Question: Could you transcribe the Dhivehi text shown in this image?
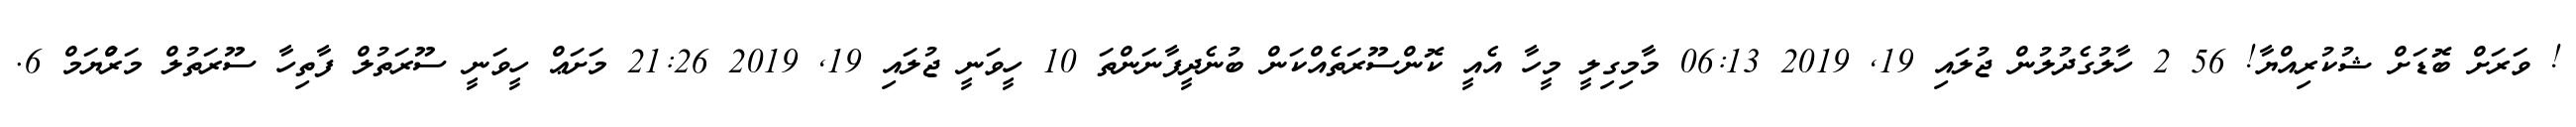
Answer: ! ވަރަށް ބޮޑަށް ޝުކުރިއްޔާ! 56 2 ހާލުގެދުލުން ޖުލައި 19, 2019 06:13 މާމިގިލީ މީހާ އެއީ ކޮންސޫރަތެއްކަން ބުނެދީފާނަންތަ 10 ހީވަނީ ޖުލައި 19, 2019 21:26 މަށަޢް ހީވަނީ ސޫރަތުލް ފާތިހާ ސޫރަތުލް މަރްުޔަމް 6.